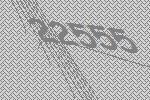
22555